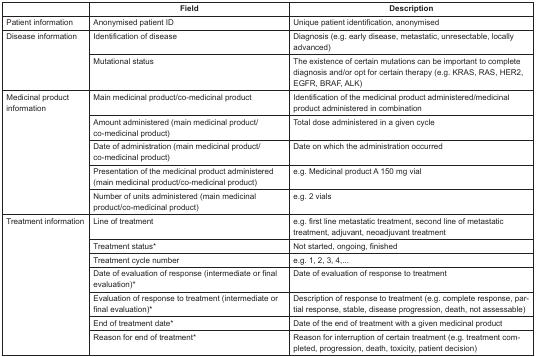
<table><thead><tr><td></td><td><b>Field</b></td><td><b>Description</b></td></tr></thead><tbody><tr><td>Patient information</td><td>Anonymised patient ID</td><td>Unique patient identification, anonymised</td></tr><tr><td rowspan="2">Disease information</td><td>Identification of disease</td><td>Diagnosis (e.g. early disease, metastatic, unresectable, locally advanced)</td></tr><tr><td>Mutational status</td><td>The existence of certain mutations can be important to complete diagnosis and/or opt for certain therapy (e.g. KRAS, RAS, HER2, EGFR, BRAF, ALK)</td></tr><tr><td rowspan="5">Medicinal product information</td><td>Main medicinal product/co-medicinal product</td><td>Identification of the medicinal product administered/medicinal product administered in combination</td></tr><tr><td>Amount administered (main medicinal product/co-medicinal product)</td><td>Total dose administered in a given cycle</td></tr><tr><td>Date of administration (main medicinal product/co-medicinal product)</td><td>Date on which the administration occurred</td></tr><tr><td>Presentation of the medicinal product administered (main medicinal product/co-medicinal product)</td><td>e.g. Medicinal product A 150 mg vial</td></tr><tr><td>Number of units administered (main medicinal product/co-medicinal product)</td><td>e.g. 2 vials</td></tr><tr><td rowspan="7">Treatment information</td><td>Line of treatment</td><td>e.g. first line metastatic treatment, second line of metastatic treatment, adjuvant, neoadjuvant treatment</td></tr><tr><td>Treatment status*</td><td>Not started, ongoing, finished</td></tr><tr><td>Treatment cycle number</td><td>e.g. 1, 2, 3, 4,...</td></tr><tr><td>Date of evaluation of response (intermediate or final evaluation)*</td><td>Date of evaluation of response to treatment</td></tr><tr><td>Evaluation of response to treatment (intermediate or final evaluation)*</td><td>Description of response to treatment (e.g. complete response, partial response, stable, disease progression, death, not assessable)</td></tr><tr><td>End of treatment date*</td><td>Date of the end of treatment with a given medicinal product</td></tr><tr><td>Reason for end of treatment*</td><td>Reason for interruption of certain treatment (e.g. treatment completed, progression, death, toxicity, patient decision)</td></tr></tbody></table>